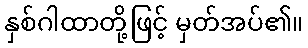
နှစ်ဂါထာတို့ဖြင့် မှတ်အပ်၏။